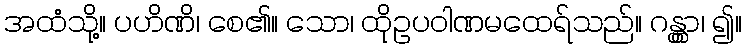
အထံသို့။ ပဟိဏိ၊ စေ၏။ သော၊ ထိုဥပဝါဏမထေရ်သည်။ ဂန္တွာ၊ ၍။